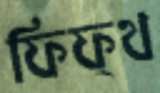
ফিফ্থ